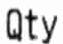
QTY